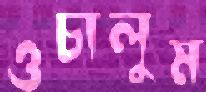
ওচালুম